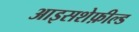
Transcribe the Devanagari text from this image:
आइसशेफ़ील्ड